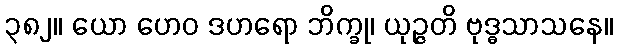
၃၈၂။ ယော ဟေဝ ဒဟရော ဘိက္ခု၊ ယုဉ္ဇတိ ဗုဒ္ဓသာသနေ။